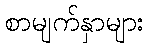
စာမျက်နှာများ